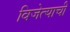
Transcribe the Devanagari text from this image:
विजेत्याची